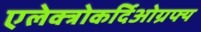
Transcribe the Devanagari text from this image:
एलेक्त्रोकर्दिओग्रफ्य